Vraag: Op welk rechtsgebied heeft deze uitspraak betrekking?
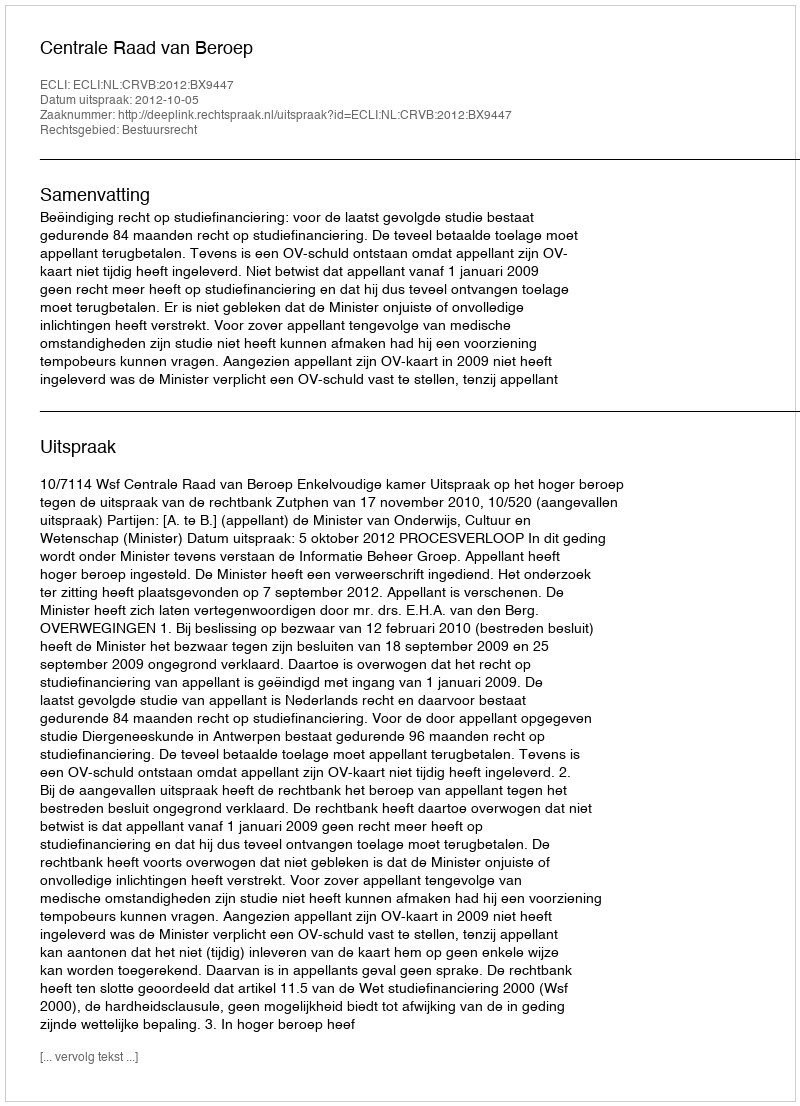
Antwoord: Bestuursrecht